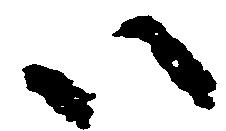
い